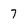
Character: 7